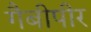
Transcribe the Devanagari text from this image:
गैबीपीर